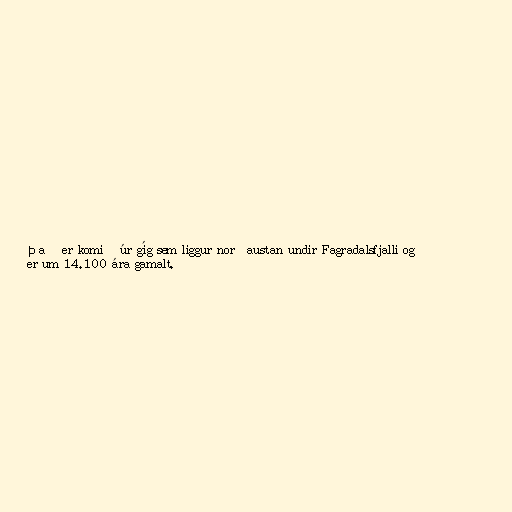
Það er komið úr gíg sem liggur norðaustan undir Fagradalsfjalli og
er um 14.100 ára gamalt.